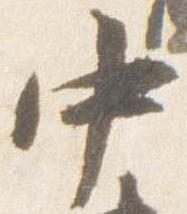
中